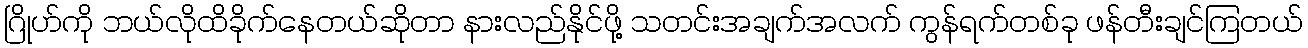
ဂြိုဟ်ကို ဘယ်လိုထိခိုက်နေတယ်ဆိုတာ နားလည်နိုင်ဖို့ သတင်းအချက်အလက် ကွန်ရက်တစ်ခု ဖန်တီးချင်ကြတယ်